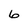
Character: 6